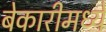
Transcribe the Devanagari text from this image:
बेकारीमध्ये